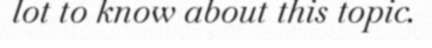
lot to know about this topic.